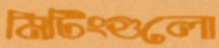
মিটিংগুলো